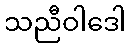
သညီဝါဒေါ